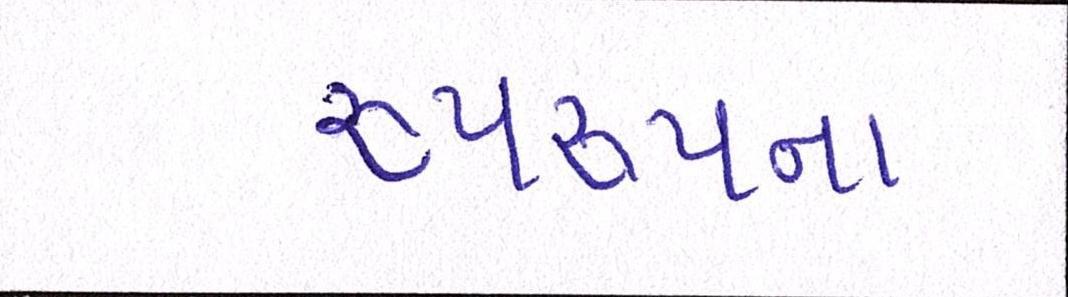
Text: રૂપરૂપના